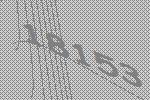
18153